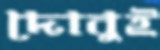
দোবুই